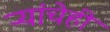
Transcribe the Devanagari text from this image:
ऱ्यांचेही